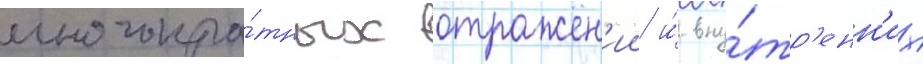
многокра́тных отражен'ии и́ вну́тр'енн'их